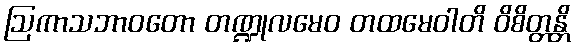
ဩကာသဘာဝတော တဏ္ဍုလမေဝ တထမေဝါတိ ဝိစိတ္တန္တိ